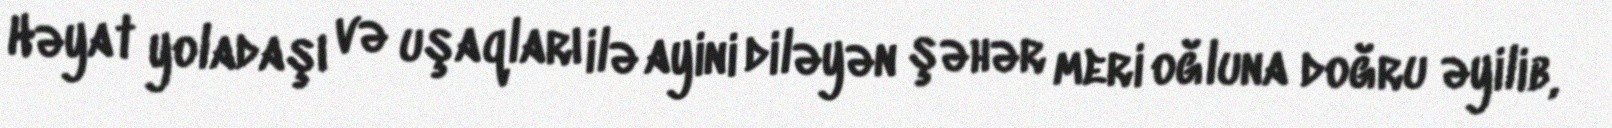
Həyat yoladaşı və uşaqları ilə ayini diləyən şəhər meri oğluna doğru əyilib,